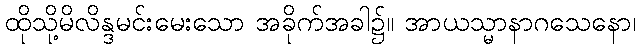
ထိုသို့မိလိန္ဒမင်းမေးသော အခိုက်အခါ၌။ အာယသ္မာနာဂသေနော၊